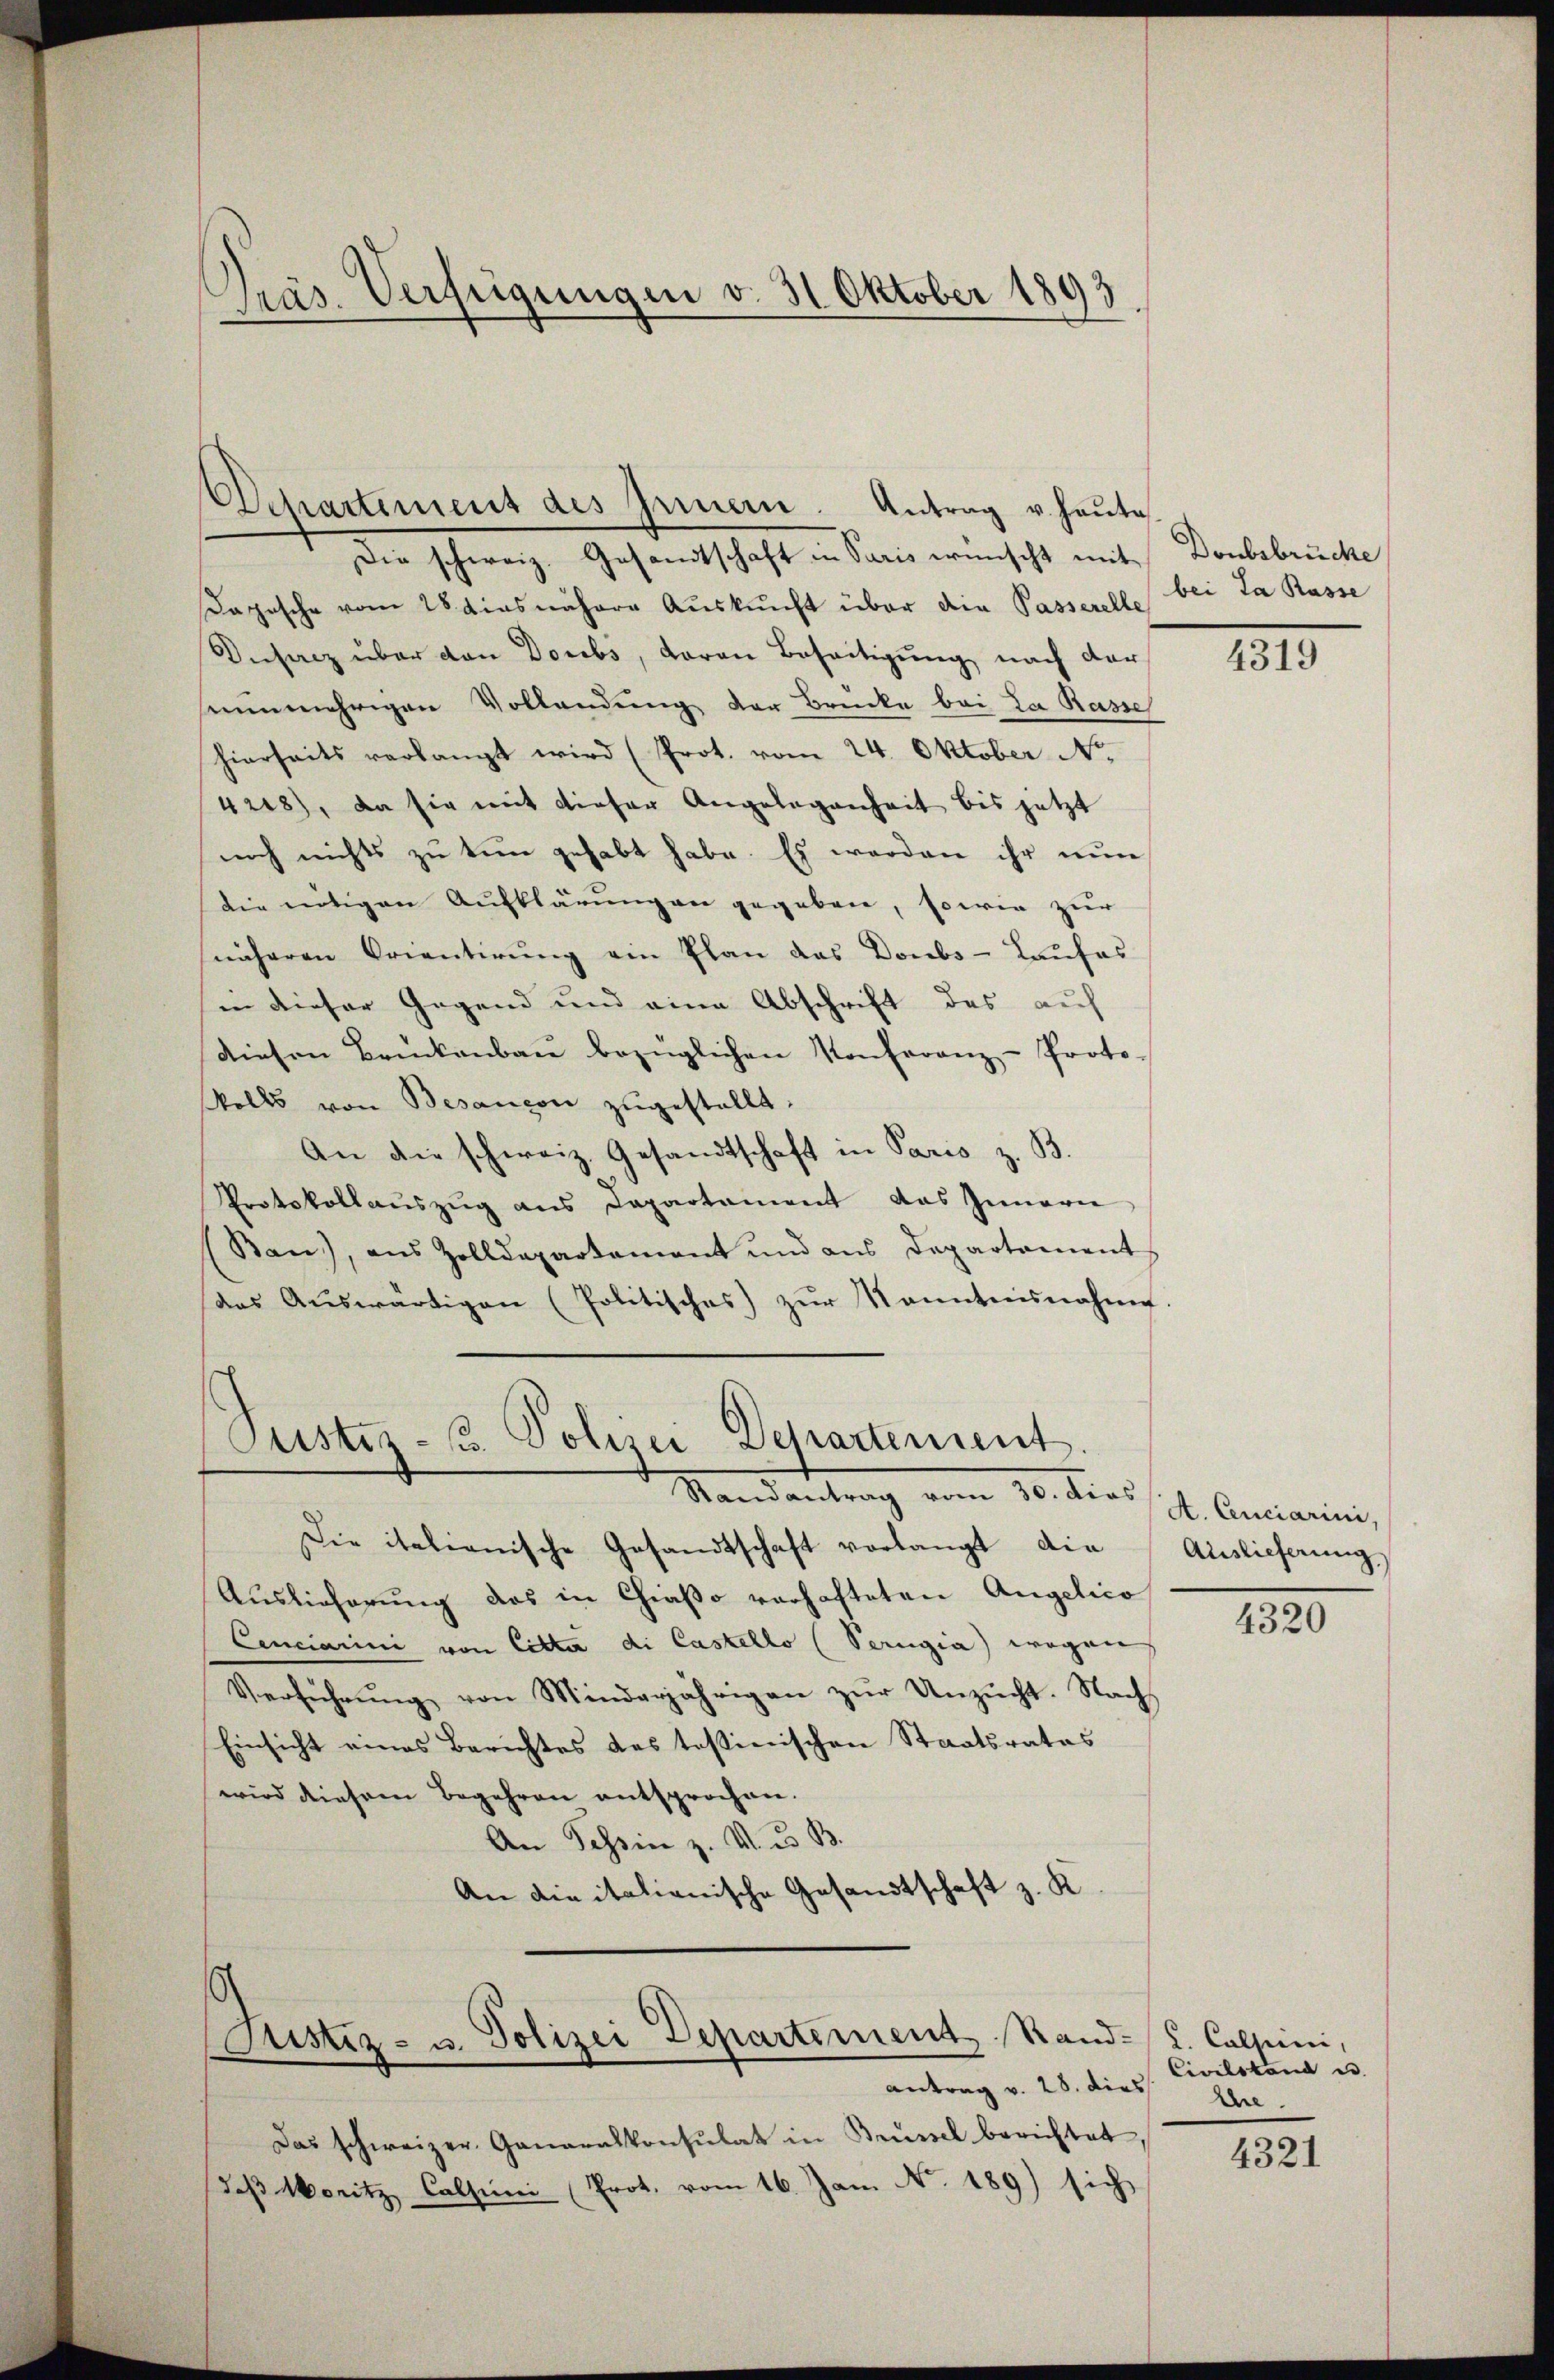
Präs. Verfügungen v. 31. Oktober 1893

Die schweiz. Gesandtschaft in Paris wünscht mit Donbsbrücke
Dopische vom 28 dies nähere Auskunft über die Passerelle bei Ja Rasse
Ansatz über den Doubs, daran Beseitigung nach der
nunmehrigen Vollendung der Brücke bei La Rasse
hierseits verlangt wird (Prot. vom 24. Oktober No.
4208), da sie mit dieser Angelegenheit bis jetzt
noch nichts zu tun gehabt habe. Es werden ihr nun
die entigen Aufklärungen gegeben, sowie zur
näheren Orientirŭng ein Plan das Doubs - Kaufas
in dieser Gegend und eine Abschrift des auf
diesen Brückenbaŭ bezüglichen Konferanz-Proto-
Volls von Besançon zŭgestellt.
An die schweiz. Gesandtschaft in Paris z. B.
Protokollaŭszŭg ans Departament das Innerie
(Ban), aus Zolldepartamant und ans Departament
(das Aŭswärtigen (Politisches zŭr Kenntnisnahme.
Pustes- u. Polizei Departement.
Randantrag vom 20. dies st. Annianiani,
Die italienische Gesandtschaft verlangt die Auslieferung
Auslieferung das in Chiaßo verhafteten Angelico
Cenciarini von Citte di Castello (Perugia) wegen
Verführung von Minderjährigen zur Unzucht. Nach
Einsicht eines Berichtes des testinischen Staatsrates
wird diesem Begehren entsprochen.
An Tessin z. V. B.
An die italienische Gesandtschaft z. K.

Departement des Innern. Antrag u. heŭte

Justiz- u. Polizei Departement Stand. L. Calsuni,
antrag v. 28. dies Ehe

Das schweizer Ganaralkonsulat in Brüssel berichtet,
daß Moritz Calsuni (Prot. vom 16. Jan. No. 189) sich

4319

4320

Civilstand u

4321